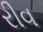
રીવ